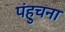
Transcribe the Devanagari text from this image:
पंहुचना